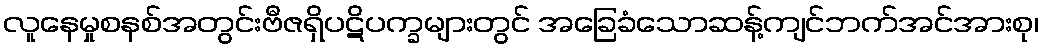
လူနေမှုစနစ်အတွင်းဗီဇရှိပဋိပက္ခများတွင် အခြေခံသောဆန့်ကျင်ဘက်အင်အားစု၊